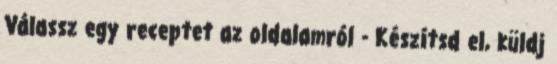
Válassz egy receptet az oldalamról - Készítsd el, küldj